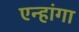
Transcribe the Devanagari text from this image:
एन्हांगा